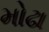
મોઢા